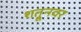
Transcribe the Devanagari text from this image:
शत्रूनवर